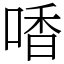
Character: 㗍